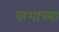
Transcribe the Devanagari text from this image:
वाशाच्या